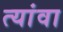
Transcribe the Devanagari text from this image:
त्यांवा